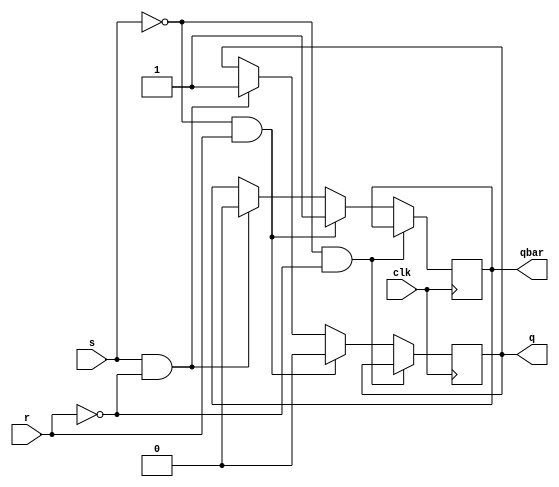
module sr_latch(
  input s , r , clk, 
  output q ,qbar );
  always@(posedge clk)
    begin 
      if(s==0&r==0)
        begin
          q<=q;
          qbar<=qbar;
        end
     else if(s==0&r==1)
        begin
          q<=0;
          qbar<=1;
        end
   else if(s==1&r==0)
        begin
          q<=1;
          qbar<=0;
        end
      
      end
endmodule